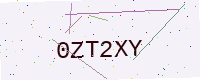
Text: 0ZT2XY